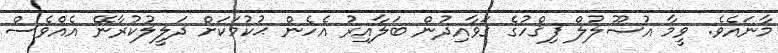
މާނައެވެ. ވީމާ އުޞޫލުލް ފިޤްހުގެ ޤަވާއިދުން ބަލާއިރު އެހެން ޙުކުމަކަށް ދަލީލުކުރާނޭ އެއްވެސް